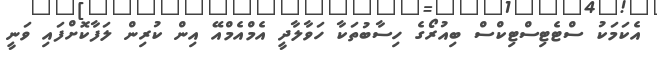
އެކަމަކު ސްޓެޓިސްޓިކްސް ބިއުރޯގެ ހިސާބުތަކާ ހަވާލާދީ އެމްއެމްއޭ އިން ކުރިން ލަފާކޮށްފައި ވަނީ